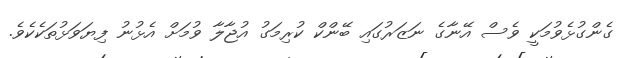
ގެންގުޅެވުމަކީ ވެސް އޭނާގެ ނަޒަރުގައި ބޭންކް ކުރިމަގު އުޖާލާ ވުމަށް އެޅުނު ފިޔަވަޅުތަކެކެވެ.